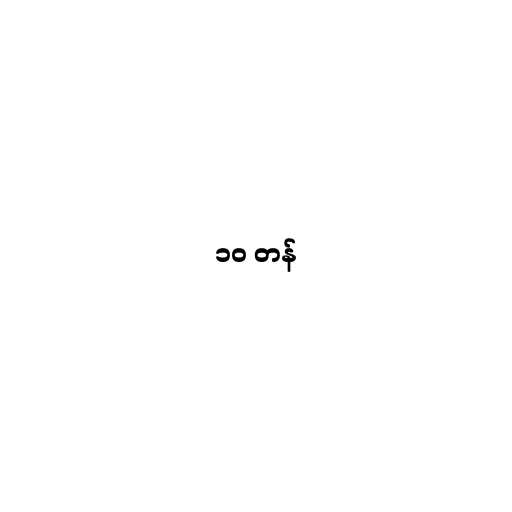
၁၀ တန်